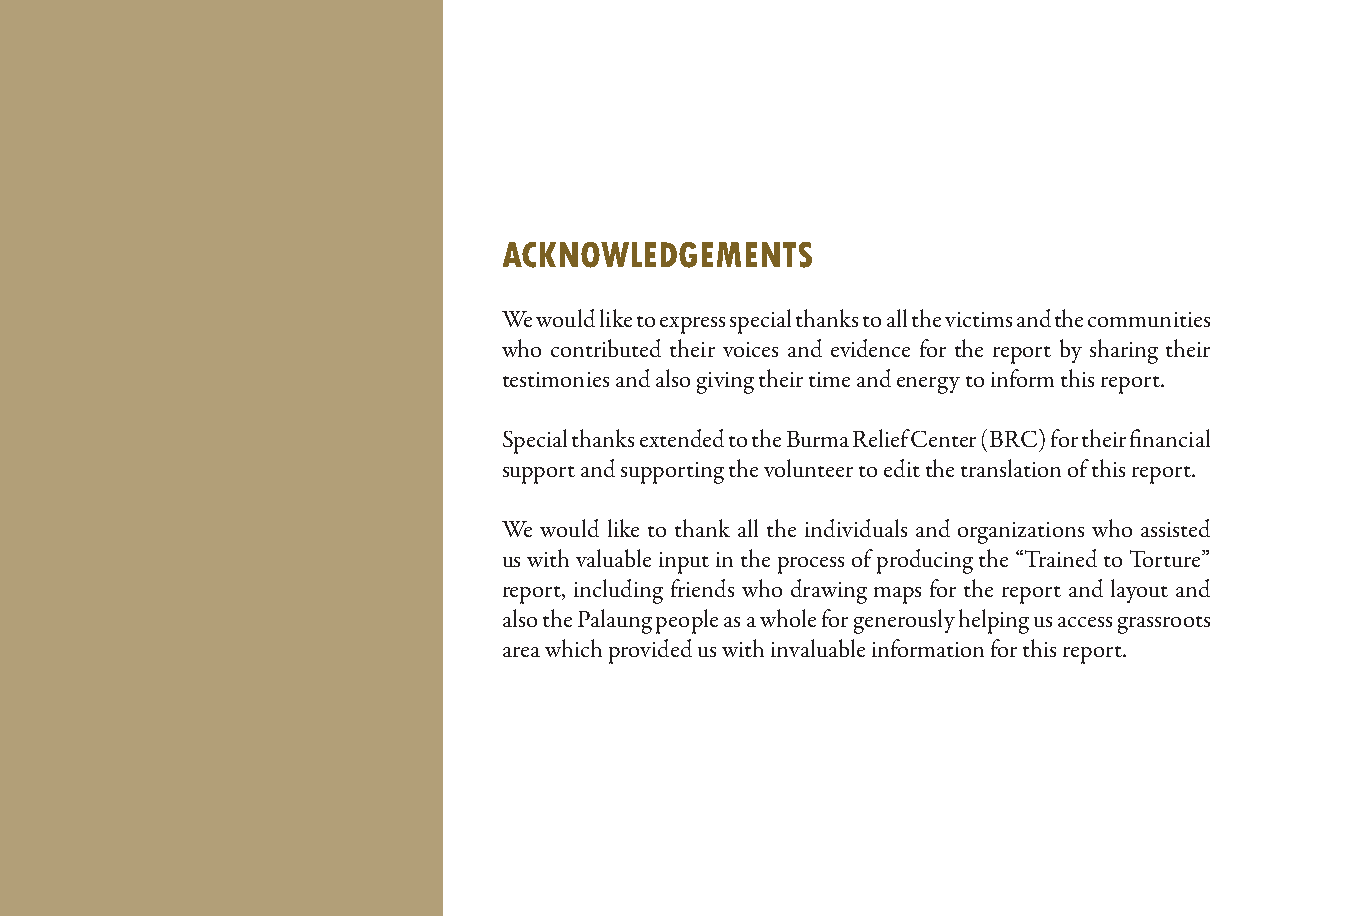
ACKNOWLEDGEMENTS
 We would like to express special thanks to all the victims and the communities
 who contributed their voices and evidence for the report by sharing their
 testimonies and also giving their time and energy to inform this report.
 Special thanks extended to the Burma Relief Center (BRC) for their financial
 support and supporting the volunteer to edit the translation of this report.
 We would like to thank all the individuals and organizations who assisted
 us with valuable input in the process of producing the “Trained to Torture”
 report, including friends who drawing maps for the report and layout and
 also the Palaung people as a whole for generously helping us access grassroots
 area which provided us with invaluable information for this report.